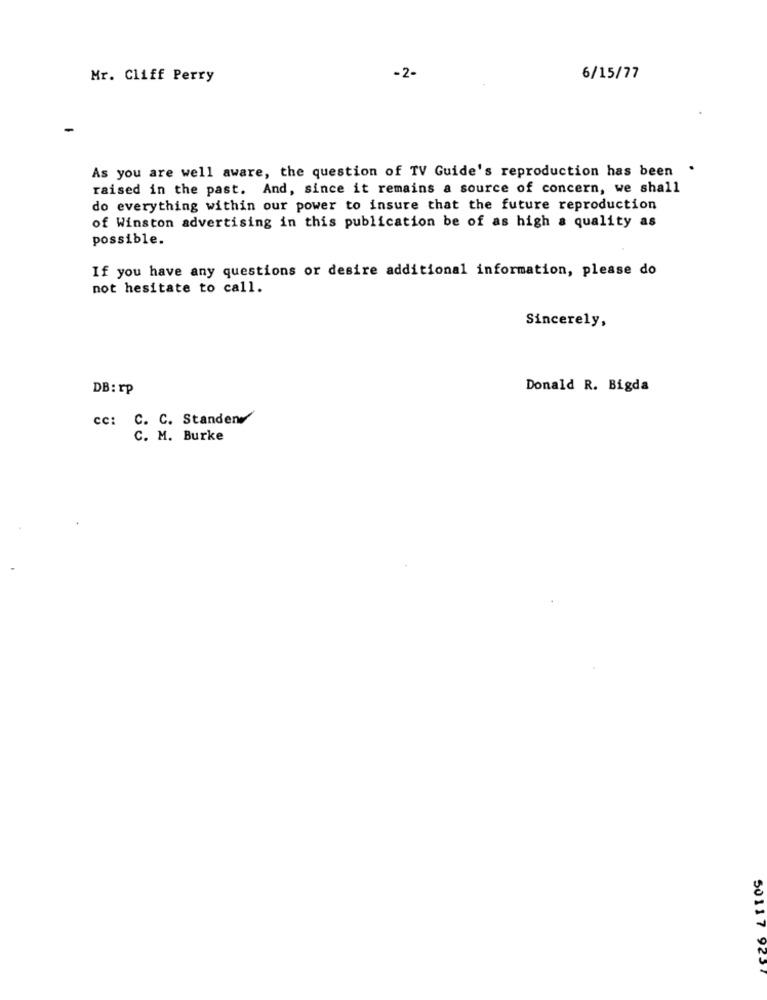
Mr. Cliff Perry
-2-
6/15/77
As you are well aware, the question of TV Guide's reproduction has been .
raised in the past. And, since it remains a source of concern, we shall
do everything within our power to insure that the future reproduction
of Winston advertising in this publication be of as high a quality as
possible.
If you have any questions or desire additional information, please do
not hesitate to call.
Sincerely,
DB: rp
Donald R. Bigda
cc: C. C. Standene
C. M. Burke
50117 925